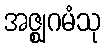
အဇ္ဈဂမံသု